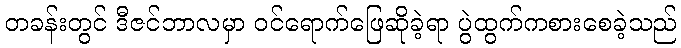
တခန်းတွင် ဒီဇင်ဘာလမှာ ဝင်ရောက်ဖြေဆိုခဲ့ရာ ပွဲထွက်ကစားစေခဲ့သည်